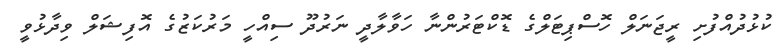
ކުޅުދުއްފުށި ރީޖަނަލް ހޮސްޕިޓަލްގެ ޑޮކްޓަރުންނާ ހަވާލާދީ ނަރުދޫ ސިއްހީ މަރުކަޒުގެ އޮފިޝަލް ވިދާޅުވީ